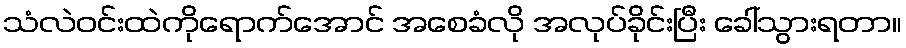
သံလဲဝင်းထဲကိုရောက်အောင် အစေခံလို အလုပ်ခိုင်းပြီး ခေါ်သွားရတာ။